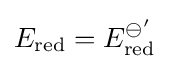
E_{\text{red}}=E_{\text{red}}^{\ominus '}